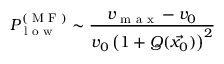
P _ { \textrm { l o w } } ^ { ( \textrm { M F } ) } \sim \frac { v _ { \textrm { m a x } } - v _ { 0 } } { v _ { 0 } \left( 1 + Q ( \vec { x _ { 0 } } ) \right) ^ { 2 } }